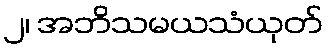
၂၊ အဘိသမယသံယုတ်